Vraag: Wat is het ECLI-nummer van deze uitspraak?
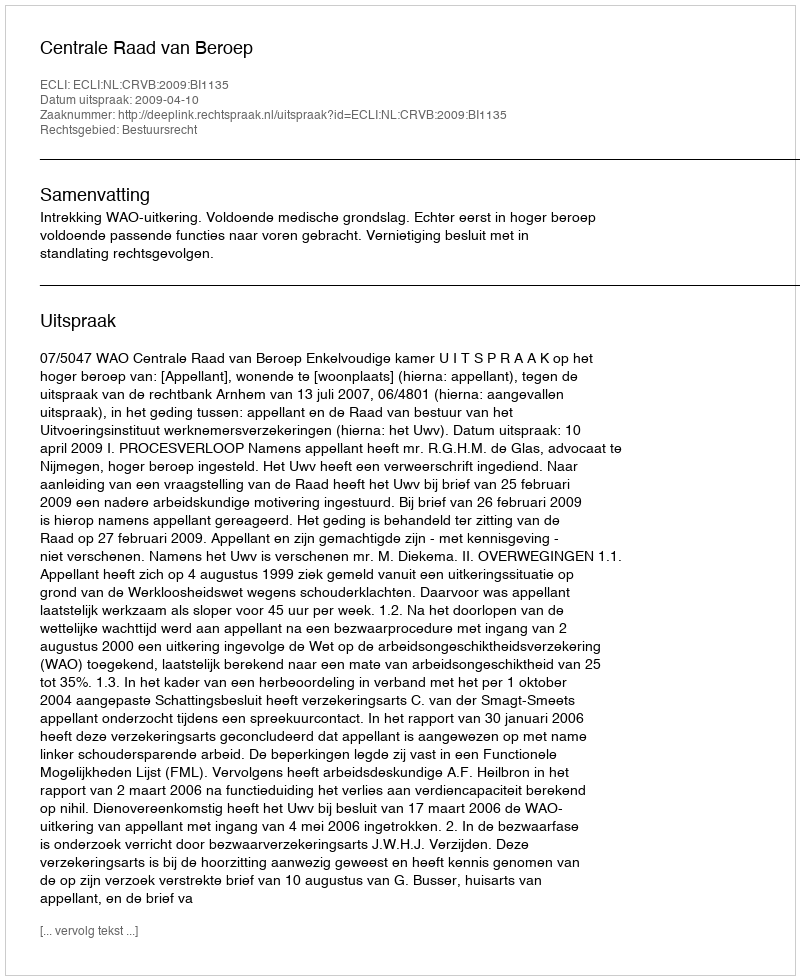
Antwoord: ECLI:NL:CRVB:2009:BI1135